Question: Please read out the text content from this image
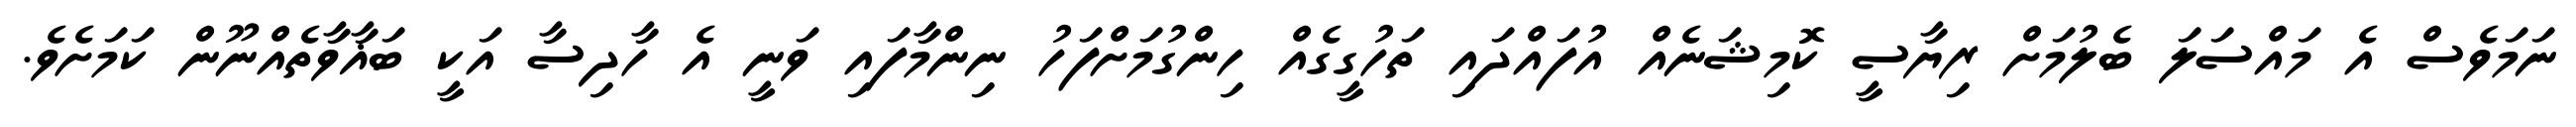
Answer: ނަމަވެސް އެ މައްސަލަ ބެލުމަށް ރިޔާސީ ކޮމިޝަނެއް އުފައްދައި ތަހުގީގެއް ހިންގުމަށްފަހު ނިންމާފައި ވަނީ އެ ހާދިސާ އަކީ ބަޣާވާތެއްނޫން ކަމަށެވެ.